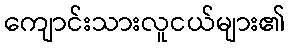
ကျောင်းသားလူငယ်များ၏